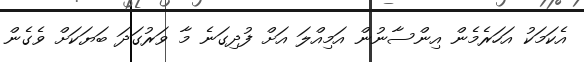
އެކަމަކު އަހަރެމެން އިންސާނުން އަމިއްލަ އަށް ފުދިގަނެ މާ ވަރުގަދަ ބަޔަކަށް ވެގެން